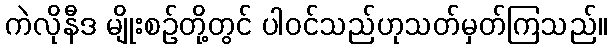
ကဲလိုနီဒ မျိုးစဉ်တို့တွင် ပါဝင်သည်ဟုသတ်မှတ်ကြသည်။